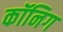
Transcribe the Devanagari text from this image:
कॉनिग